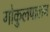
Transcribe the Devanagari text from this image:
गोकुलपालन